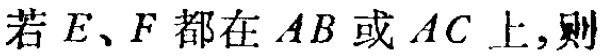
若 \(E、F\) 都在 \(AB\) 或 \(AC\) 上,则